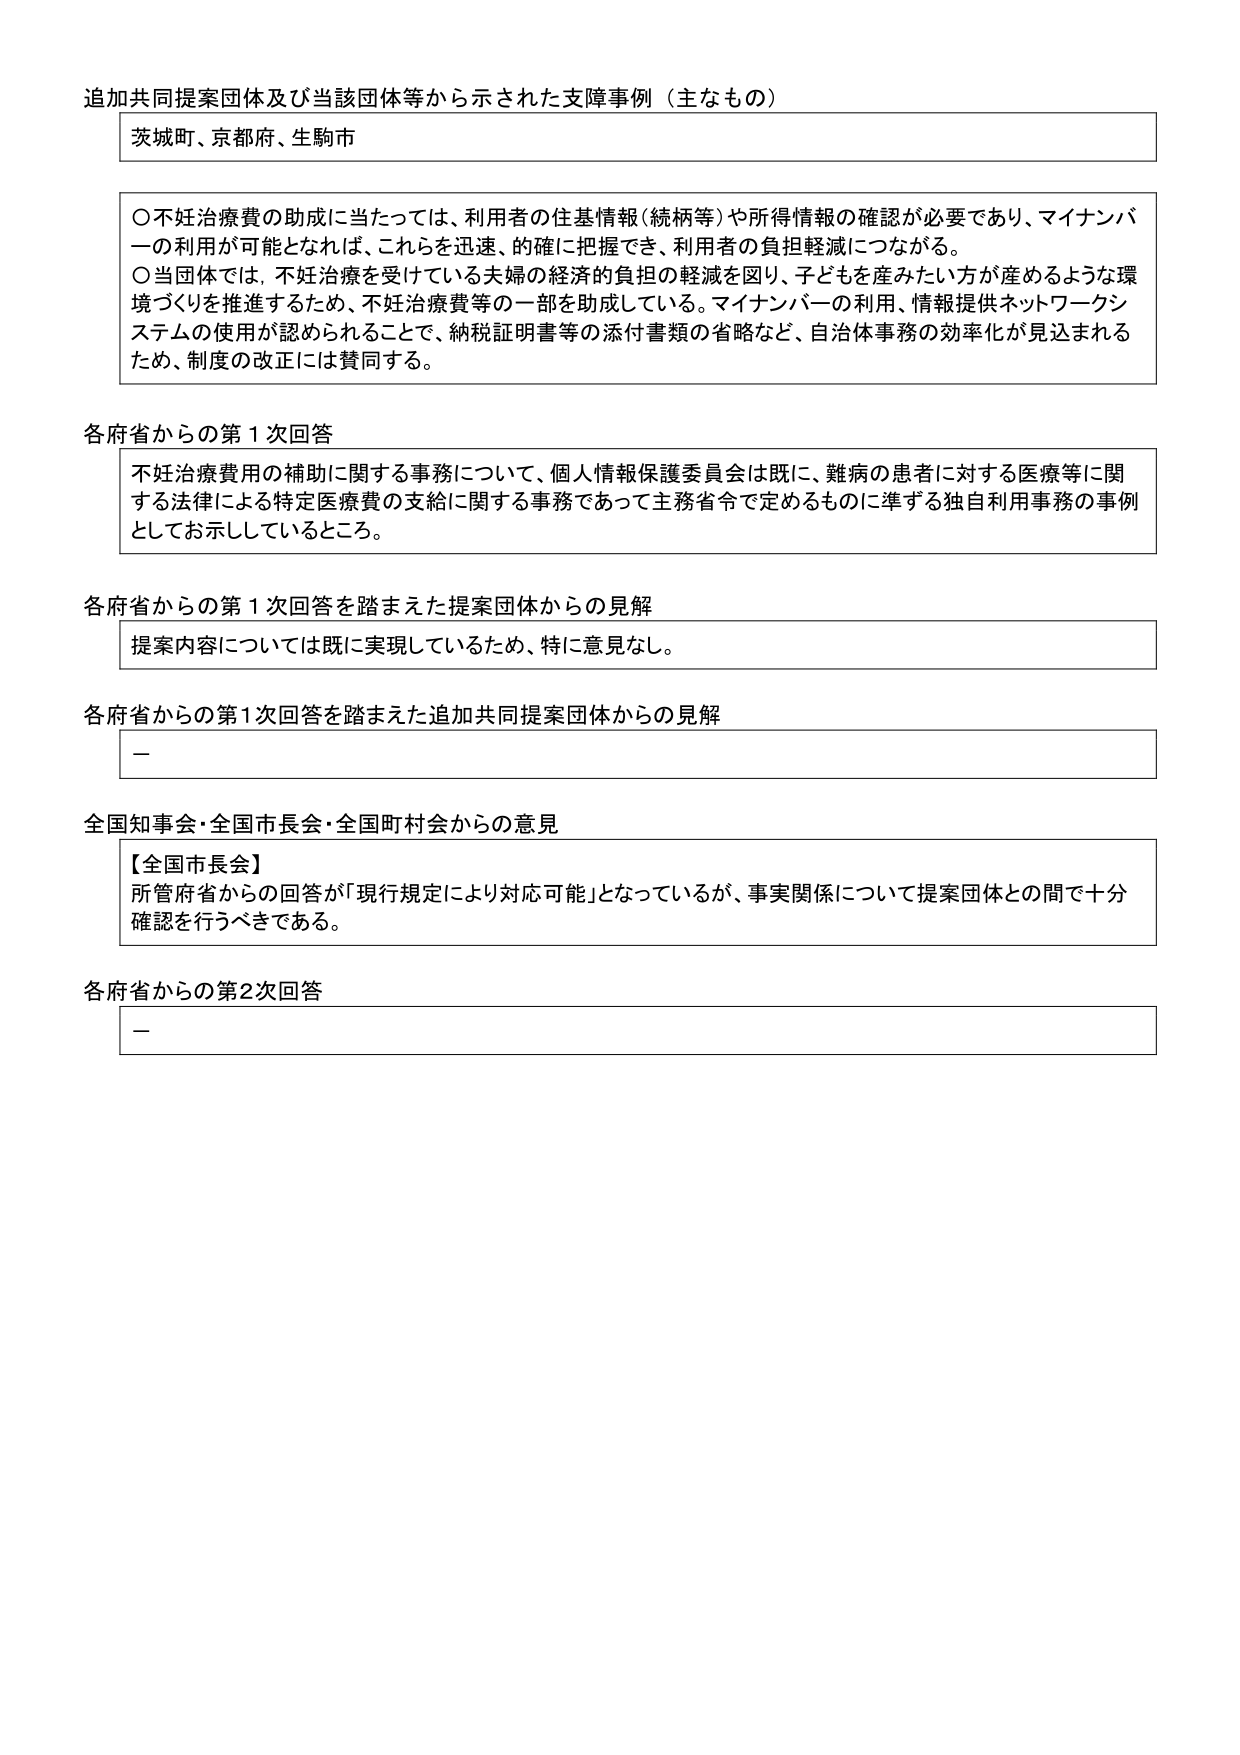
追加共同提案団体及び当該団体等から示された支障事例（主なもの）

茨城町、京都府、生駒市

○不妊治療費の助成に当たっては、利用者の住基情報（続柄等）や所得情報の確認が必要であり、マイナンバーの利用が可能となれば、これらを迅速、的確に把握でき、利用者の負担軽減につながる。
○当団体では、不妊治療を受けている夫婦の経済的負担の軽減を図り、子どもを産みたい方が産めるような環境づくりを推進するため、不妊治療費等の一部を助成している。マイナンバーの利用、情報提供ネットワークシステムの使用が認められることで、納税証明書等の添付書類の省略など、自治体事務の効率化が見込まれるため、制度の改正には賛同する。

各府省からの第1次回答

不妊治療費用の補助に関する事務について、個人情報保護委員会は既に、難病の患者に対する医療等に関する法律による特定医療費の支給に関する事務であって主務省令で定めるものに準ずる独自利用事務の事例としてお示ししているところ。

各府省からの第1次回答を踏まえた提案団体からの見解

提案内容については既に実現しているため、特に意見なし。

各府省からの第1次回答を踏まえた追加共同提案団体からの見解

－

全国知事会・全国市長会・全国町村会からの意見

【全国市長会】
所管府省からの回答が「現行規定により対応可能」となっているが、事実関係について提案団体との間で十分確認を行うべきである。

各府省からの第2次回答

－